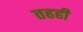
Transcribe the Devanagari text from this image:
तहही